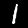
Digit: 1